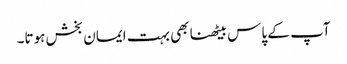
آپ کے پاس بیٹھنا بھی بہت ایمان بخش ہوتا۔